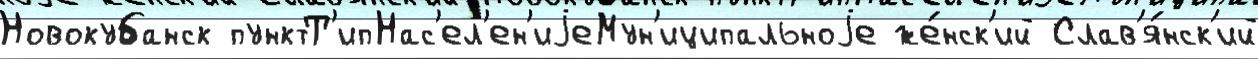
Новокубанск пунктТ'ипНас'ел'ен'иjеМун'иципальноjе же́нск'ий Слав'я́нск'ий